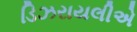
ડિઝરાયલીએ